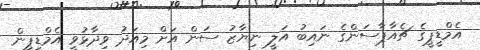
އެމްޑީޕީގެ ޗެއާޕާސަންގެ ނައިބު އަލީ ނިޔާޒު ސަން އަށް މިއަދު ވިދާޅުވީ އެމްޑީޕީން